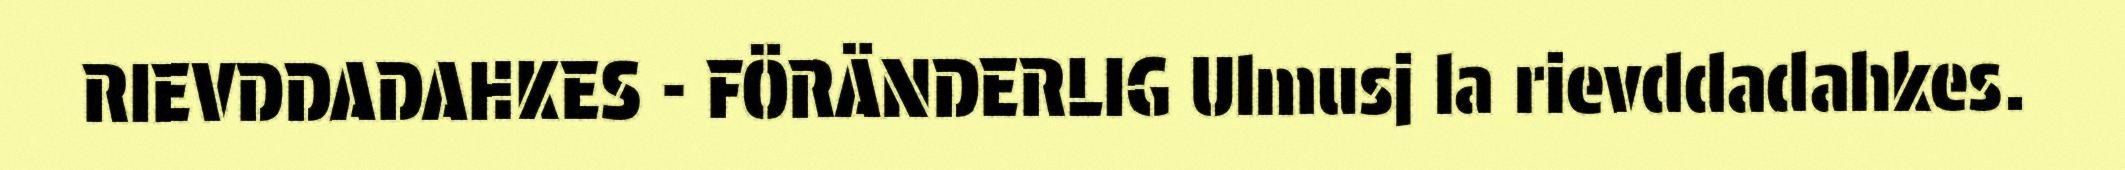
RIEVDDADAHKES - FÖRÄNDERLIG Ulmusj la rievddadahkes.